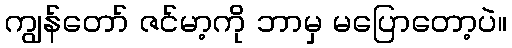
ကျွန်တော် ဇင်မာ့ကို ဘာမှ မပြောတော့ပဲ။